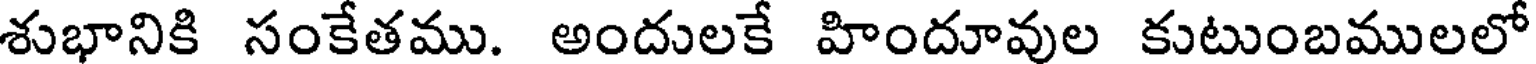
శుభానికి సంకేతము. అందులకే హిందూవుల కుటుంబములలో